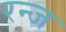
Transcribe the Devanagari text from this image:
रन्ज